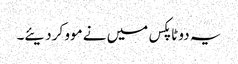
یہ دو ٹاپکس میں نے موو کر دیئے۔